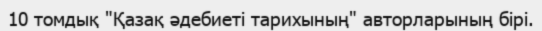
10 томдық "Қазақ әдебиеті тарихының" авторларының бірі.